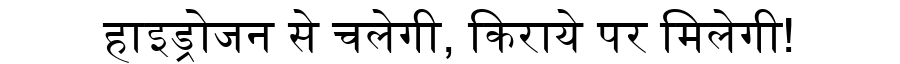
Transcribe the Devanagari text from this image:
हाइड्रोजन से चलेगी, किराये पर मिलेगी!